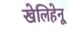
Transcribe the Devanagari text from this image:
खेलिहेनू